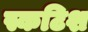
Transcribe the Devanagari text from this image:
स्कटिश